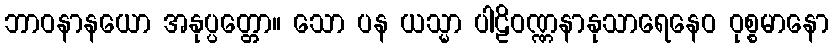
ဘာဝနာနယော အနုပ္ပတ္တော။ သော ပန ယသ္မာ ပါဠိဝဏ္ဏနာနုသာရေနေဝ ဝုစ္စမာနော